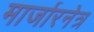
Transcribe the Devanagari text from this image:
मार्जारनेत्र